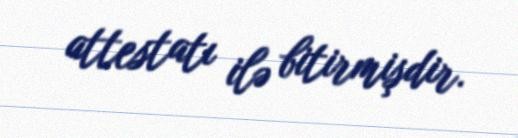
attestatı ilə bitirmişdir.